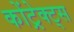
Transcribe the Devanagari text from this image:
कोंट्रेक्ट्स